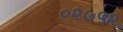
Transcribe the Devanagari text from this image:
०२७५२